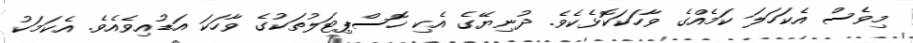
މިވެސް އެކަހަލަ ކަމެއްގެ ވާހަކަކޮޅެކެވެ. ދުނިޔޭގެ އެކި ހޮސްޕިޓަލުތަކުގެ ވާހަކަ އަޑުއިވެއެވެ. އެކަމަކު